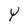
Character: Y